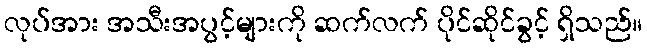
လုပ်အား အသီးအပွင့်များကို ဆက်လက် ပိုင်ဆိုင်ခွင့် ရှိသည်။